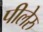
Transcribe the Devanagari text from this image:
पीलेरु